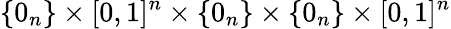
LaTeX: \{ 0_{n}\} \times[0,1]^{n}\times\{ 0_{n}\} \times\{ 0_{n}\} \times[0,1]^{n}